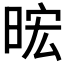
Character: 𪰧